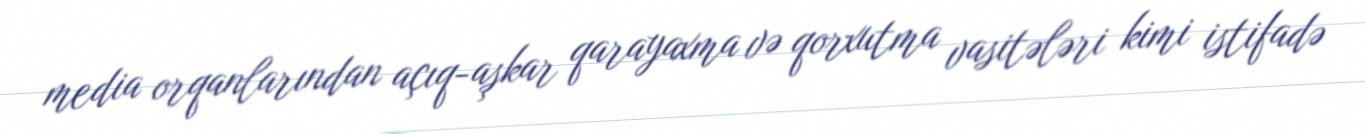
media orqanlarından açıq-aşkar qarayaxma və qorxutma vasitələri kimi istifadə